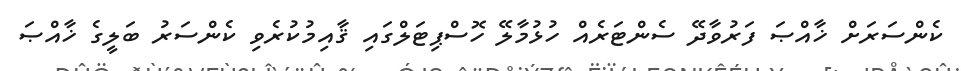
ކެންސަރަށް ޚާއްޞަ ފަރުވާދޭ ސެންޓަރެއް ހުޅުމާލޭ ހޮސްޕިޓަލްގައި ޤާއިމުކުރެވި ކެންސަރު ބަލީގެ ޚާއްޞަ